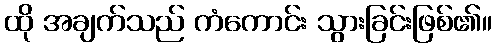
ထို အချက်သည် ကံကောင်း သွားခြင်းဖြစ်၏။